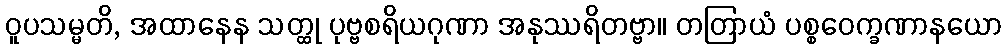
ဝူပသမ္မတိ, အထာနေန သတ္ထု ပုဗ္ဗစရိယဂုဏာ အနုဿရိတဗ္ဗာ။ တတြာယံ ပစ္စဝေက္ခဏာနယော